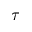
\tau